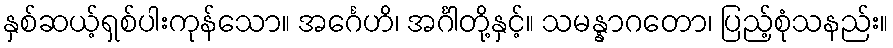
နှစ်ဆယ့်ရှစ်ပါးကုန်သော။ အင်္ဂေဟိ၊ အင်္ဂါတို့နှင့်။ သမန္နာဂတော၊ ပြည့်စုံသနည်း။